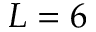
L = 6